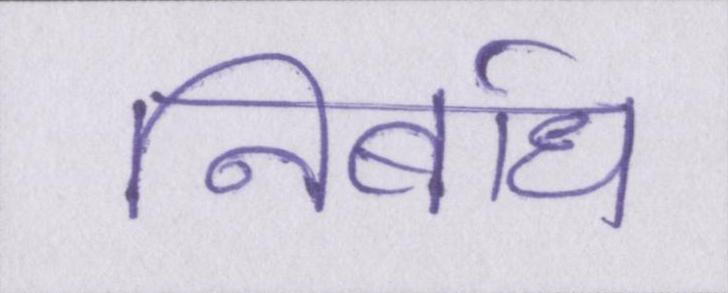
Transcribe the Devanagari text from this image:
निर्बाध